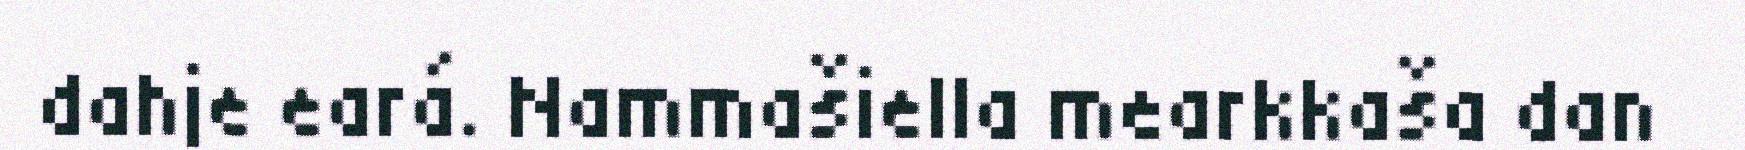
dahje eará. Nammašiella mearkkaša dan